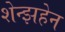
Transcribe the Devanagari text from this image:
शेन्झहेन